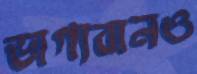
ভাগ্যবানও